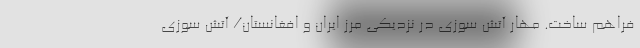
فراهم ساخت. مهار آتش سوزی در نزدیکی مرز ایران و افغانستان/ آتش سوزی